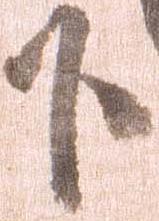
下